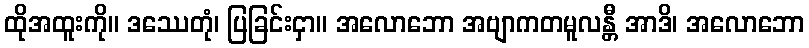
ထိုအထူးကို။ ဒဿေတုံ၊ ပြခြင်းငှာ။ အလောဘော အဗျာကတမူလန္တီ အာဒိ၊ အလောဘော